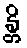
န္တိ